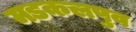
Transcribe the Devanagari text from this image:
मडकलपुव